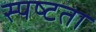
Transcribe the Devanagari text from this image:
स्‍पष्‍टता